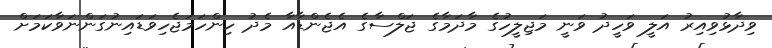
ވިދާޅުވިއިރު އަލީ ވަހީދު ވަނީ މަޖިލީހުގެ މާދަމާގެ ޖަލްސާގެ އެޖެންޑާއާ މެދު ހިންހަމަޖެހިވަޑައިނުގަންނަވާކަމަށް